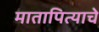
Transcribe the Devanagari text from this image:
मातापित्याचे